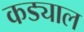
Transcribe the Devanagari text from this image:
कड्याल